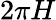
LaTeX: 2\pi H